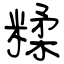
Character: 糅